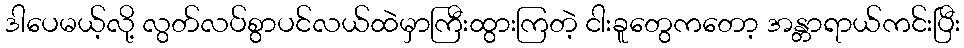
ဒါပေမယ့်လို့ လွတ်လပ်စွာပင်လယ်ထဲမှာကြီးထွားကြတဲ့ ငါးခူတွေကတော့ အန္တာရာယ်ကင်းပြီး